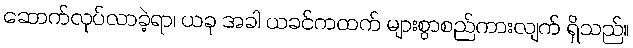
ဆောက်လုပ်လာခဲ့ရာ၊ ယခု အခါ ယခင်ကထက် များစွာစည်ကားလျက် ရှိသည်။